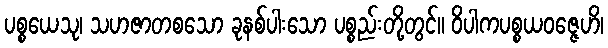
ပစ္စယေသု၊ သဟဇာတစသော ခုနစ်ပါးသော ပစ္စည်းတို့တွင်။ ဝိပါကပစ္စယဝဇ္ဇေဟိ၊